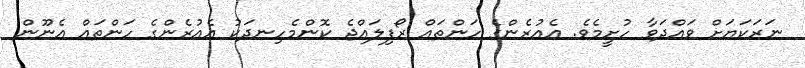
ނަރަކަޔަށް ވައްދަވާ ހުށީމެވެ. އެއުރެންގެ ހަންތައް ރޯފިލައްޖެ ކޮންމެހިނދަކު އެއުރެންގެ ހަންތައް އެނޫން